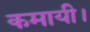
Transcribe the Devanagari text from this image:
कमायी।